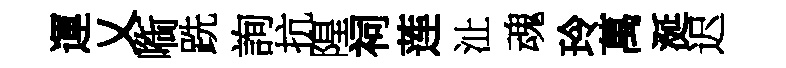
運乂㗸跣詢抗隍祠莲沚魂玲萬涎迟